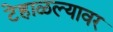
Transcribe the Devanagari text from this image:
टेहाळल्यावर